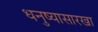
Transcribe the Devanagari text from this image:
धनुष्यासारखा